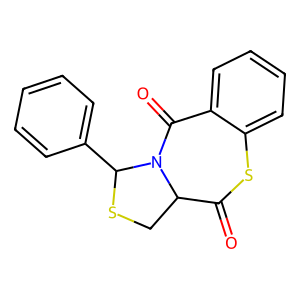
SMILES: O=C1Sc2ccccc2C(=O)N2C1CSC2c1ccccc1
Inhibits HIV replication: No